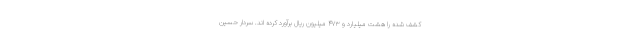
کشف شده را هشت میلیارد و ۴۷۳ میلیون ریال برآورد کرده اند. سردار حسین